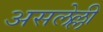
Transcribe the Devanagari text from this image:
असलेल्ली